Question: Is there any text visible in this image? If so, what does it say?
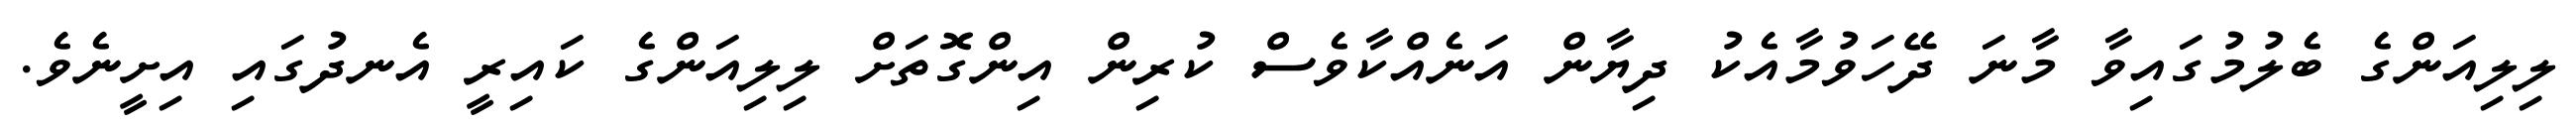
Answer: ލިލިއަންގެ ބެލުމުގައިވާ މާނަ ދޭހަވުމާއެކު ދިޔާން އަނެއްކާވެސް ކުރިން އިންގޮތަށް ލިލިއަންގެ ކައިރީ އެނދުގައި އިށީނެވެ.